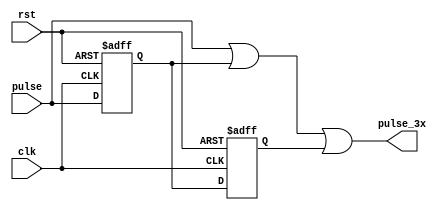

module pulse_3x(
  
  input pulse, 
  input clk, rst,
  output pulse_3x
);
  
  reg pulse_1;
  reg pulse_2;
  
  always @(posedge clk or posedge rst) begin
    
    if(rst) begin
      pulse_1=0;
      pulse_2=0;

    end
    
    else begin
      pulse_1<=pulse;
      pulse_2<=pulse_1;
    end 
    	
  end
  
  assign pulse_3x=pulse|pulse_1|pulse_2;
  
  
endmodule